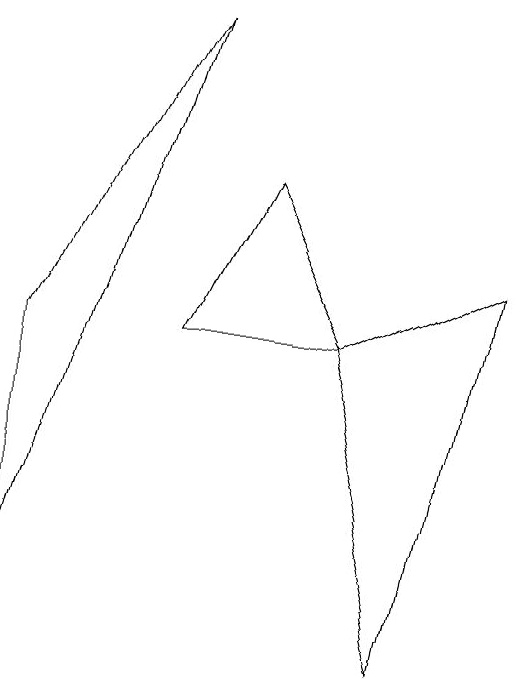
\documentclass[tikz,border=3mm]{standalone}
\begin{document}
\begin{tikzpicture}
\draw (8,0) -- (7,4) -- (9,5) -- cycle;
\draw (6,6) -- (5,4) -- (7,4) -- cycle;
\draw (5,8) -- (3,4) -- (3,1) -- cycle;
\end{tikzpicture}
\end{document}